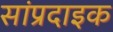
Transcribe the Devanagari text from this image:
सांप्रदाइक